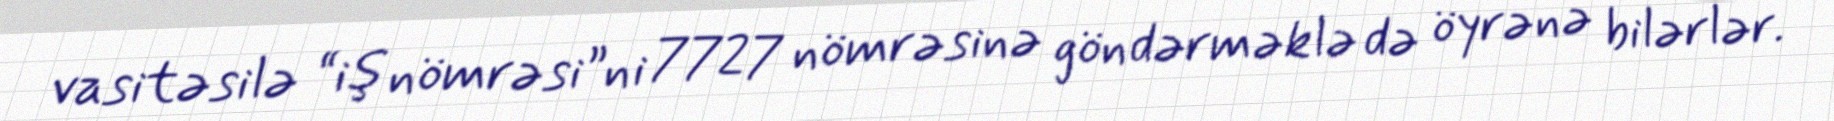
vasitəsilə “iş nömrəsi”ni 7727 nömrəsinə göndərməklə də öyrənə bilərlər.